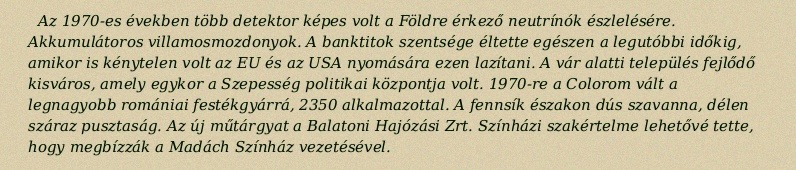
Az 1970-es években több detektor képes volt a Földre érkező neutrínók észlelésére. Akkumulátoros villamosmozdonyok. A banktitok szentsége éltette egészen a legutóbbi időkig, amikor is kénytelen volt az EU és az USA nyomására ezen lazítani. A vár alatti település fejlődő kisváros, amely egykor a Szepesség politikai központja volt. 1970-re a Colorom vált a legnagyobb romániai festékgyárrá, 2350 alkalmazottal. A fennsík északon dús szavanna, délen száraz pusztaság. Az új műtárgyat a Balatoni Hajózási Zrt. Színházi szakértelme lehetővé tette, hogy megbízzák a Madách Színház vezetésével.